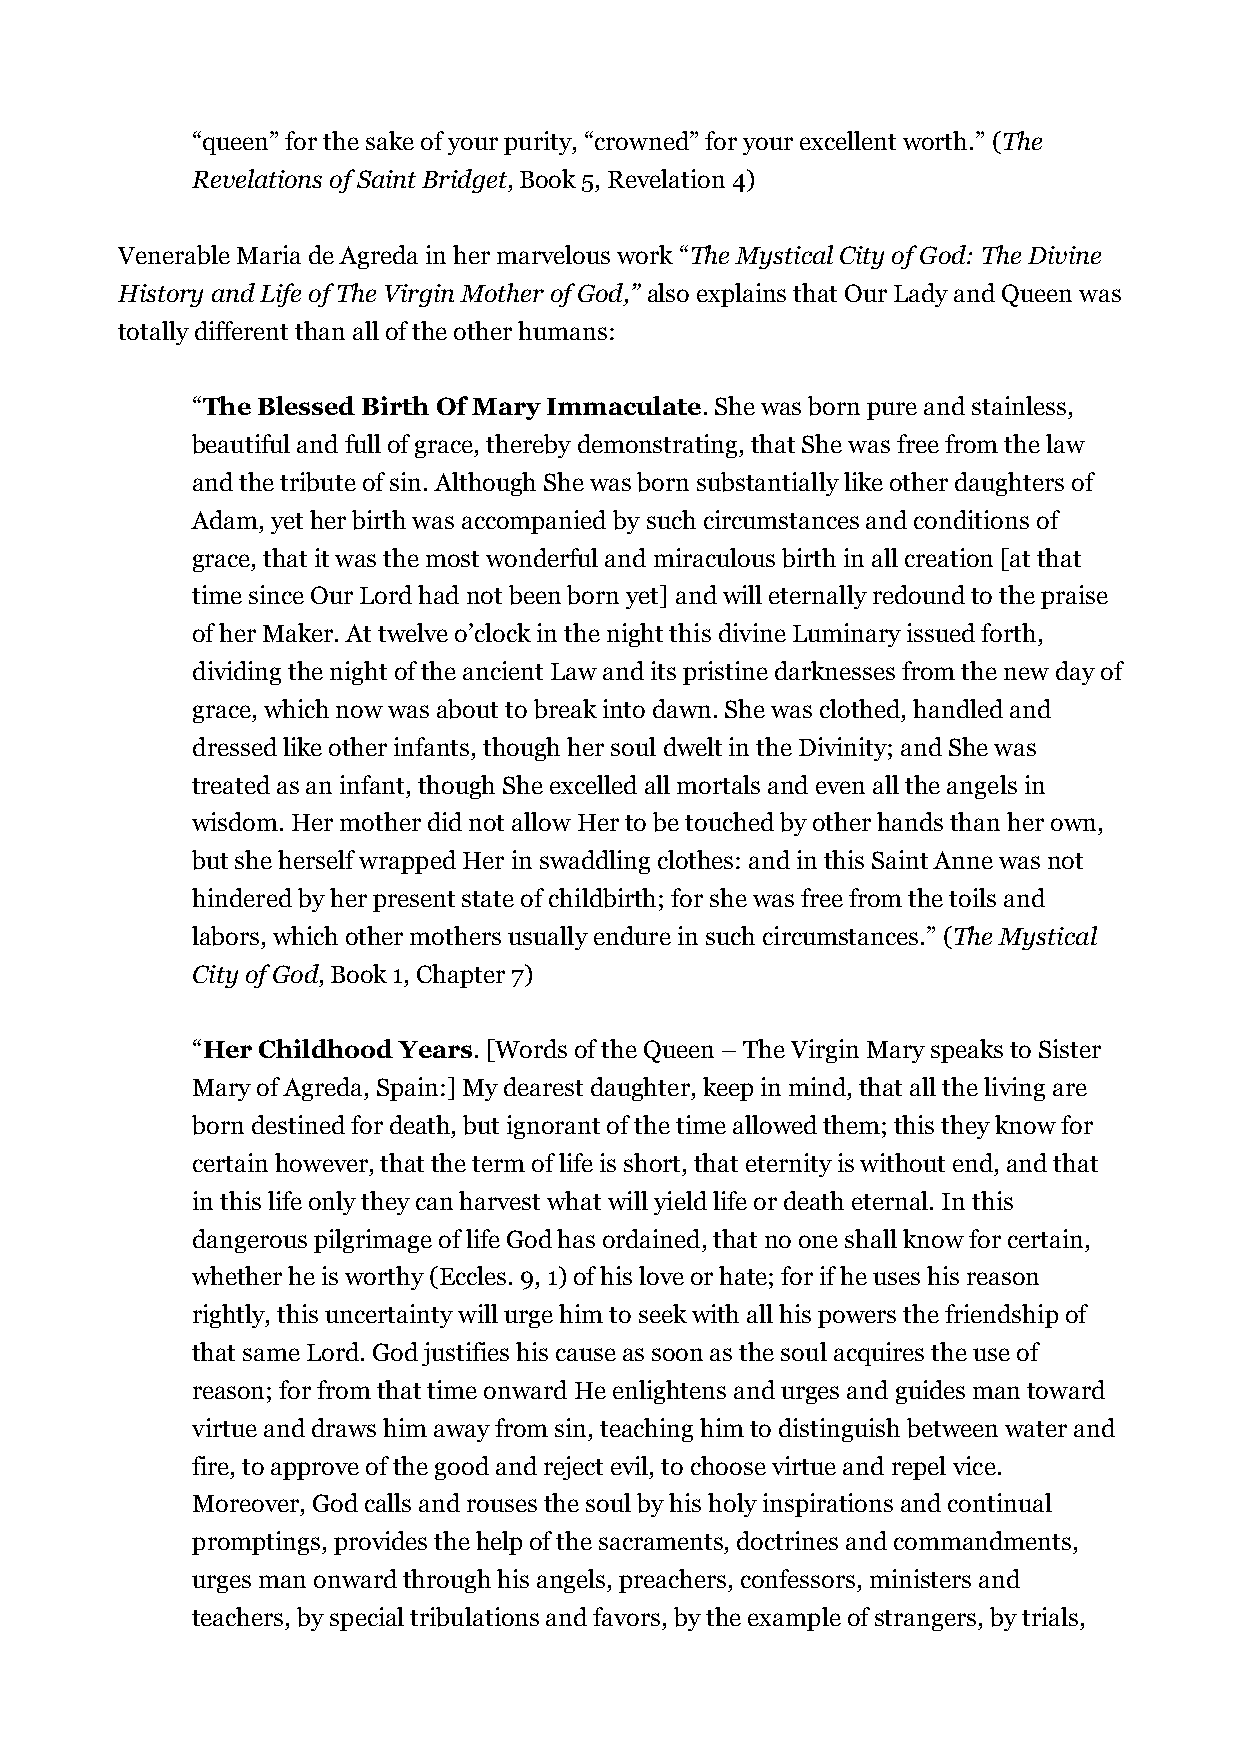
“queen” for the sake of your purity, “crowned” for your excellent worth.” (The
 Revelations of Saint Bridget, Book 5, Revelation 4)
 Venerable Maria de Agreda in her marvelous work “The Mystical City of God: The Divine
 History and Life of The Virgin Mother of God,” also explains that Our Lady and Queen was
 totally different than all of the other humans:
 “The Blessed Birth Of Mary Immaculate. She was born pure and stainless,
 beautiful and full of grace, thereby demonstrating, that She was free from the law
 and the tribute of sin. Although She was born substantially like other daughters of
 Adam, yet her birth was accompanied by such circumstances and conditions of
 grace, that it was the most wonderful and miraculous birth in all creation [at that
 time since Our Lord had not been born yet] and will eternally redound to the praise
 of her Maker. At twelve o’clock in the night this divine Luminary issued forth,
 dividing the night of the ancient Law and its pristine darknesses from the new day of
 grace, which now was about to break into dawn. She was clothed, handled and
 dressed like other infants, though her soul dwelt in the Divinity; and She was
 treated as an infant, though She excelled all mortals and even all the angels in
 wisdom. Her mother did not allow Her to be touched by other hands than her own,
 but she herself wrapped Her in swaddling clothes: and in this Saint Anne was not
 hindered by her present state of childbirth; for she was free from the toils and
 labors, which other mothers usually endure in such circumstances.” (The Mystical
 City of God, Book 1, Chapter 7)
 “Her Childhood Years. [Words of the Queen – The Virgin Mary speaks to Sister
 Mary of Agreda, Spain:] My dearest daughter, keep in mind, that all the living are
 born destined for death, but ignorant of the time allowed them; this they know for
 certain however, that the term of life is short, that eternity is without end, and that
 in this life only they can harvest what will yield life or death eternal. In this
 dangerous pilgrimage of life God has ordained, that no one shall know for certain,
 whether he is worthy (Eccles. 9, 1) of his love or hate; for if he uses his reason
 rightly, this uncertainty will urge him to seek with all his powers the friendship of
 that same Lord. God justifies his cause as soon as the soul acquires the use of
 reason; for from that time onward He enlightens and urges and guides man toward
 virtue and draws him away from sin, teaching him to distinguish between water and
 fire, to approve of the good and reject evil, to choose virtue and repel vice.
 Moreover, God calls and rouses the soul by his holy inspirations and continual
 promptings, provides the help of the sacraments, doctrines and commandments,
 urges man onward through his angels, preachers, confessors, ministers and
 teachers, by special tribulations and favors, by the example of strangers, by trials,